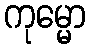
ကုမ္မော